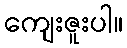
ကျေးဇူးပါ။